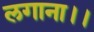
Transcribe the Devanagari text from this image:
लगाना।।